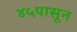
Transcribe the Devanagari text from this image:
४५पासून